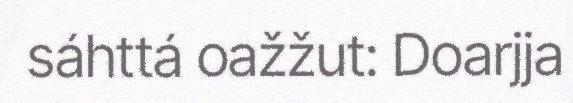
sáhttá oažžut: Doarjja